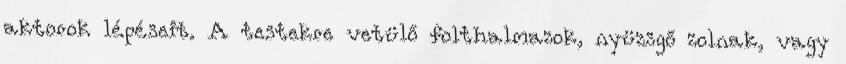
aktorok lépéseit. A testekre vetülő folthalmazok, nyüzsgő zolnak, vagy